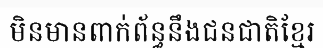
មិនមានពាក់ព័ន្ធនឹងជនជាតិខ្មែរ